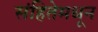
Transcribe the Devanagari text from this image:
संहितेमधून